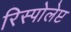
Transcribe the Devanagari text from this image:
रिस्पोलेप्ट